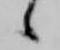
候